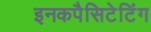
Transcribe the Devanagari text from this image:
इनकपैसिटेटिंग